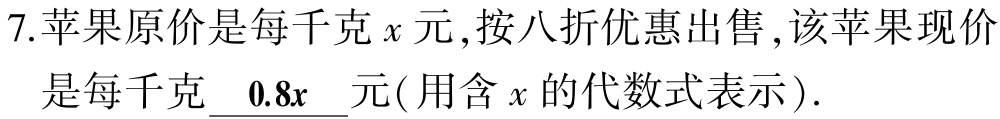
7.苹果原价是每千克\(x\)元,按八折优惠出售,该苹果现价是每千克\(\underline{0.8x}\)元( 用含\(x\)的代数式表示).